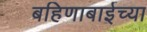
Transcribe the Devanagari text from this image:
बहिणाबाईच्‍या